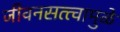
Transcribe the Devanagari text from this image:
जीवनसत्त्वामुळे